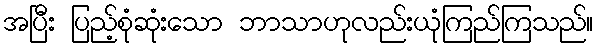
အပြီး ပြည့်စုံဆုံးသော ဘာသာဟုလည်းယုံကြည်ကြသည်။